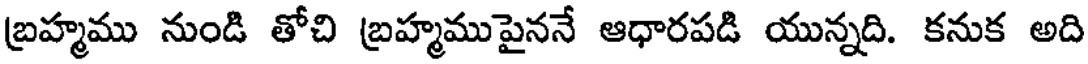
బ్రహ్మము నుండి తోచి బ్రహ్మముపైననే ఆధారపడి యున్నది. కనుక అది